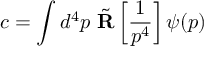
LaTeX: c = \int d ^ { 4 } p \, \, { \tilde { \bf R } } \left[ { \frac { 1 } { p ^ { 4 } } } \right] \psi ( p )